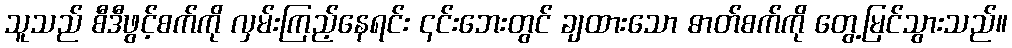
သူသည် စီဒီဖွင့်စက်ကို လှမ်းကြည့်နေရင်း ၎င်းဘေးတွင် ချထားသော ဓာတ်စက်ကို တွေ့မြင်သွားသည်။